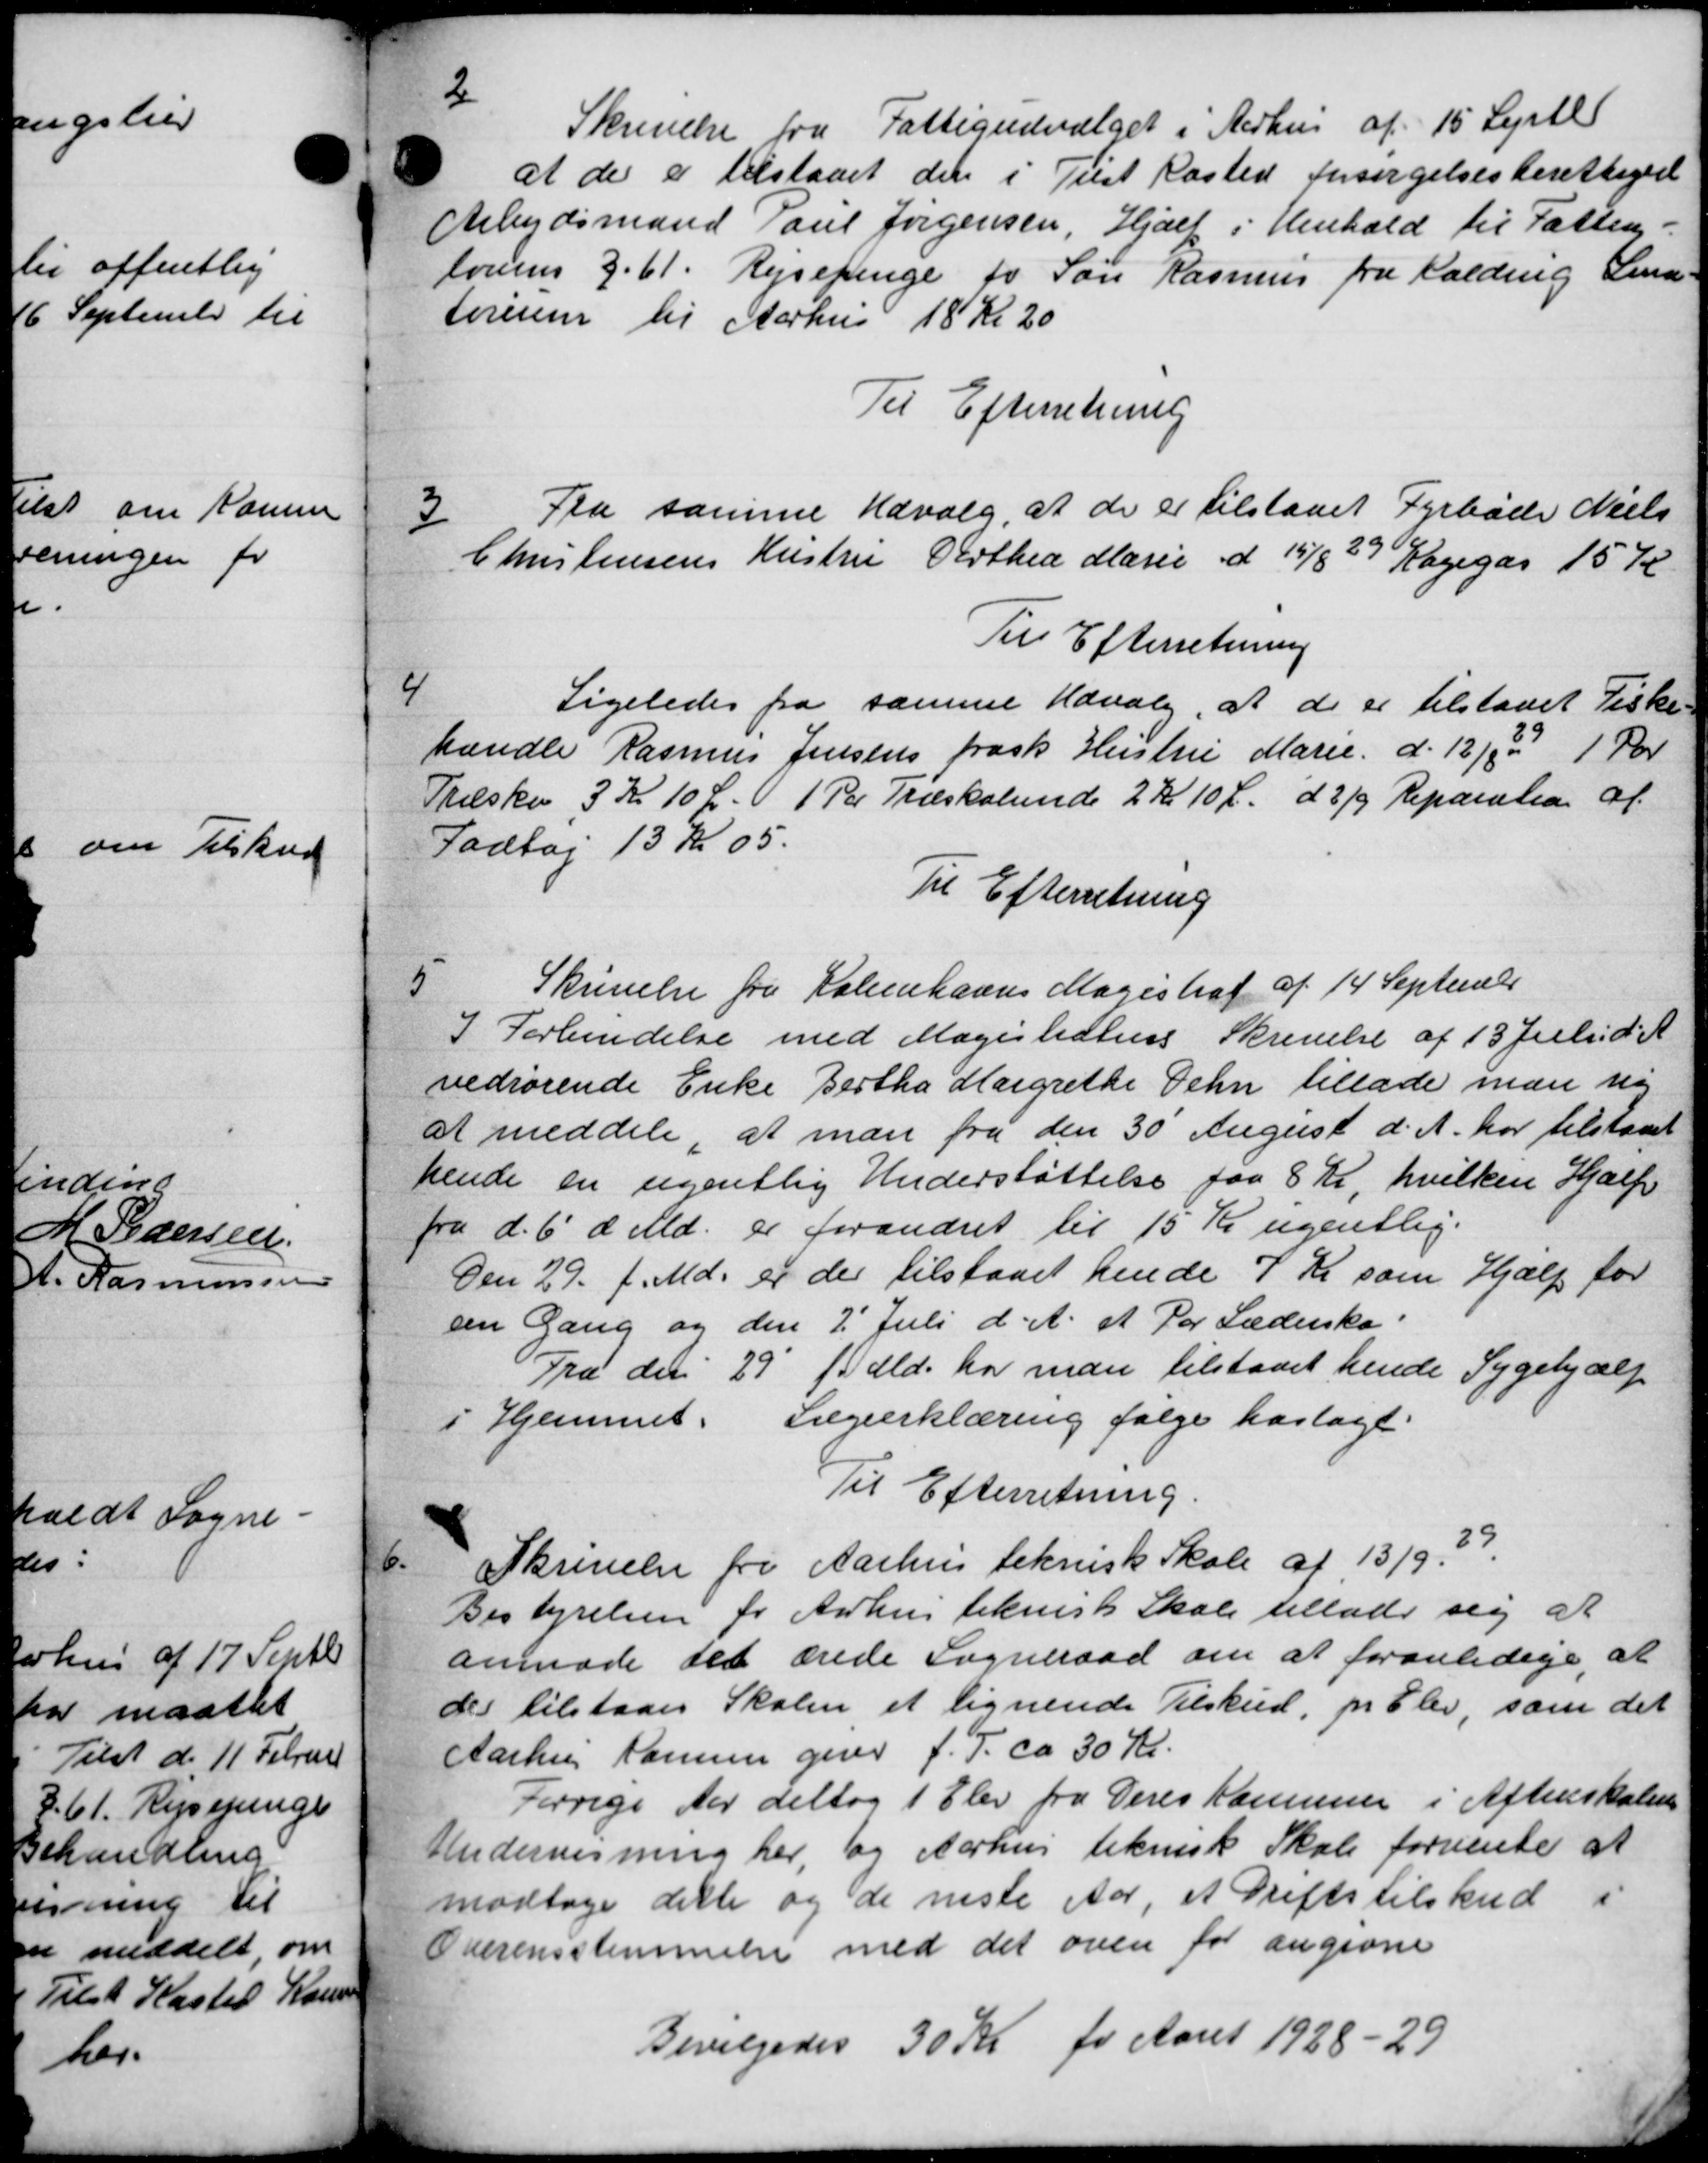
Transskription:
2
Skrivelse fra Fattigudvalget i Aarhus af 15 Septb
at der er tilstaaet den i Tilst Kasted forsørgelsesberettiget
Arbejdsmand Poul Jørgensen, Hjælp i Henhold til Fattig-
lovens 3.61. Rejsepenge for Søn Rasmus fra Halding Lina
toreren til Aarhus 18 Kr 20
Til Efterretning
3
Fra samme Udvalg, at de er tilstaaet Fyrbøde Niels
Christensens Hustru Dorthea Marie d 15/8 29 Ragegas 15 K
Til Efterretning
4
Ligeledes fra samme Udvalg, at de er tilstaaet Fiske
handle Rasmus Jensens frask Hustru Marie d. 12/2 d 1 Kr
Træske 3 Kr 10 L. 1 Par Træskelunde 2 Kr 10 Ø. d. 3/9 Reparation af
Fodtøj 13 Kr 05.
Til Efterretning
5
Skrivelse fra Københavns Magistraf af 14 September
I Forbindelse med Magistestens Skrivelse af 13 Juli d. A
vedrørende Enke Bertha Margrethe Dehn tillade man ny
at meddele, at man fra den 30 August d. A. har tilstaaet
hende en ugentlig Understøttelse fra 8 Kr, hvilken Hjælp
fra d. 6' d. Md. er forandret til 15 Kr ugentlig.
Den 29. f. Md. er der tilstaaet hende 7 Kr som Hjælp for
ein Gang og den 2' Juli d. A. at Par Lædersko
Fra den 29' f. Md. har man tilstaaet hende Sygehjælp
i Hjemmet. Lægeerklæring følge hoslagt.
Til Efterretning
6
Skrivelse fra Aarhus teknisk Skole af 13/9. 29
Bestyrelsen for Aarhus teknisk Skole tillade sig at
anmode det ærede Sogneraad om at foranledige, at
des tilstaaes Skolen, et lignende Tilskud, pr. Elev, som det
Aarhus Komune giver f. T. ca 30 Kr.
Forrige Aar deltog 1 Elev fra Deres Kommune i Aftenskolen
Undervisning her, og Aarhus teknisk Skole forvente at
modtage dette og de næste Aar, et Driftstilskud i
Overensstemmelse med det oven for angivne
Bevilgedes 30 Kr for Aaret 1928-29